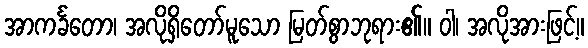
အာကင်္ခတော၊ အလိုရှိတော်မူသော မြတ်စွာဘုရား၏။ ဝါ၊ အလိုအားဖြင့်။